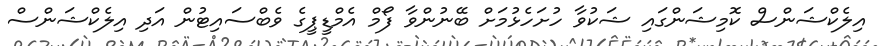
އިލެކްޝަންސް ކޮމިޝަންގައި ޝަކުވާ ހުށަހެޅުމަށް ބޭނުންވާ ފޯމް އެމްޑީޕީގެ ވެބްސައިޓުން އަދި އިލެކްޝަންސް